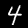
Digit: 4